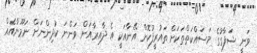
ވަނީ ޝަފާގުގެ މަސައްކަތްތަކަށް ތައުރީފުކޮށް އޭނާއަކީ އެ ދާއިރާއަށް ވަންނަ ކުދިންނަށް ނަމޫނާއެއް